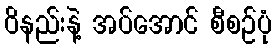
ဝိနည်းနဲ့ အပ်အောင် စီစဉ်ပုံ